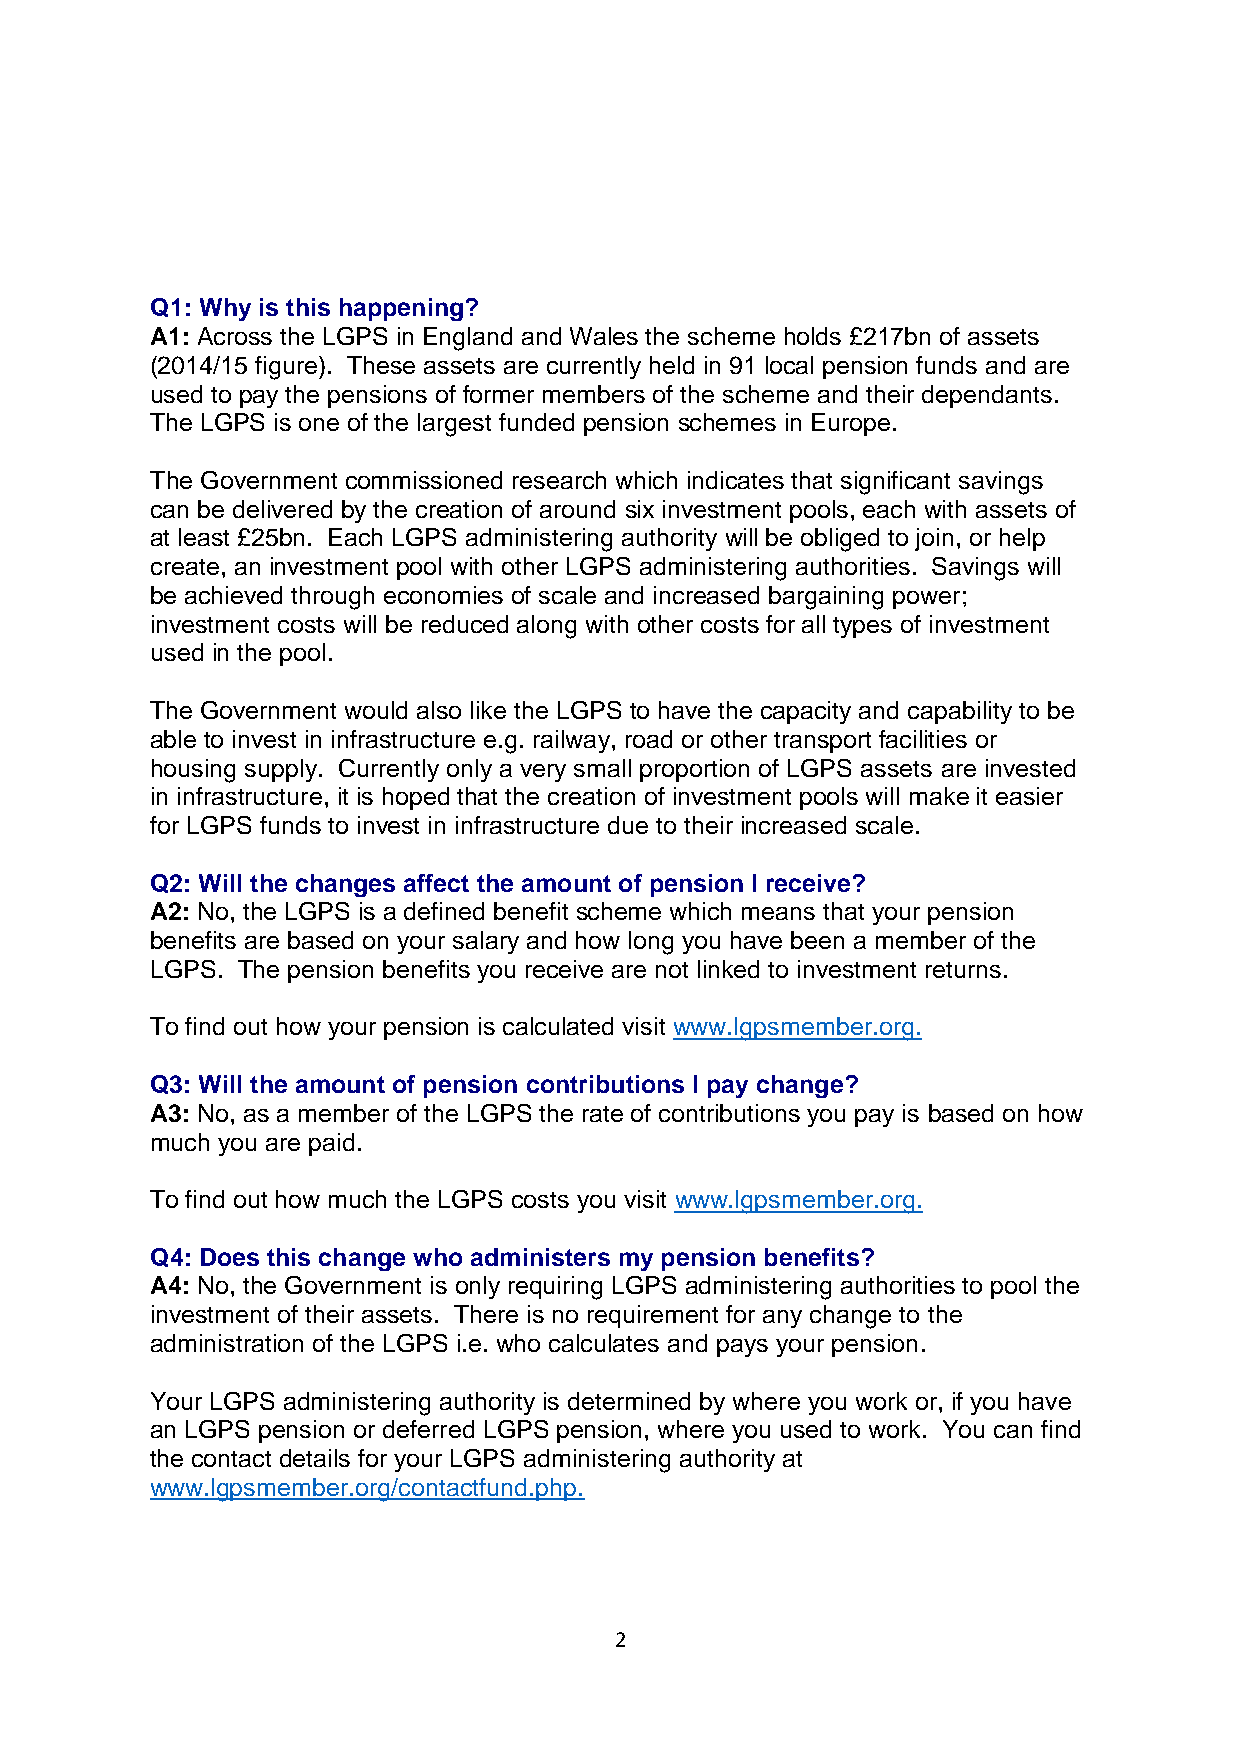
Q1: Why is this happening?
 A1: Across the LGPS in England and Wales the scheme holds £217bn of assets
 (2014/15 figure). These assets are currently held in 91 local pension funds and are
 used to pay the pensions of former members of the scheme and their dependants.
 The LGPS is one of the largest funded pension schemes in Europe.
 The Government commissioned research which indicates that significant savings
 can be delivered by the creation of around six investment pools, each with assets of
 at least £25bn. Each LGPS administering authority will be obliged to join, or help
 create, an investment pool with other LGPS administering authorities. Savings will
 be achieved through economies of scale and increased bargaining power;
 investment costs will be reduced along with other costs for all types of investment
 used in the pool.
 The Government would also like the LGPS to have the capacity and capability to be
 able to invest in infrastructure e.g. railway, road or other transport facilities or
 housing supply. Currently only a very small proportion of LGPS assets are invested
 in infrastructure, it is hoped that the creation of investment pools will make it easier
 for LGPS funds to invest in infrastructure due to their increased scale.
 Q2: Will the changes affect the amount of pension I receive?
 A2: No, the LGPS is a defined benefit scheme which means that your pension
 benefits are based on your salary and how long you have been a member of the
 LGPS. The pension benefits you receive are not linked to investment returns.
 To find out how your pension is calculated visit www.lgpsmember.org.
 Q3: Will the amount of pension contributions I pay change?
 A3: No, as a member of the LGPS the rate of contributions you pay is based on how
 much you are paid.
 To find out how much the LGPS costs you visit www.lgpsmember.org.
 Q4: Does this change who administers my pension benefits?
 A4: No, the Government is only requiring LGPS administering authorities to pool the
 investment of their assets. There is no requirement for any change to the
 administration of the LGPS i.e. who calculates and pays your pension.
 Your LGPS administering authority is determined by where you work or, if you have
 an LGPS pension or deferred LGPS pension, where you used to work. You can find
 the contact details for your LGPS administering authority at
 www.lgpsmember.org/contactfund.php.
 2